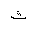
Letter: _tha